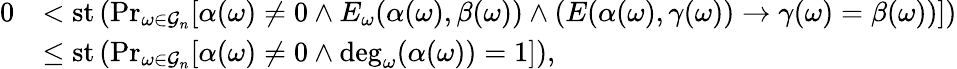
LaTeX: \begin{array}{rl}{0}&{<\mathrm{st}\left(\operatorname*{Pr}_{\omega\in\mathcal{G}_{n}}[\alpha(\omega)\neq 0\land E_{\omega}(\alpha(\omega),\beta(\omega))\land(E(\alpha(\omega),\gamma(\omega))\to\gamma(\omega)=\beta(\omega))]\right)}\\ &{\leq\mathrm{st}\left(\operatorname*{Pr}_{\omega\in\mathcal{G}_{n}}[\alpha(\omega)\neq 0\land\deg_{\omega}(\alpha(\omega))=1]\right),}\end{array}